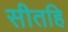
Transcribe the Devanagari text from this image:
सीतहि